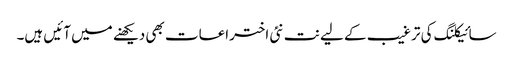
سائیکلنگ کی ترغیب کے لیے نت نئی اختراعات بھی دیکھنے میں آئیں ہیں۔